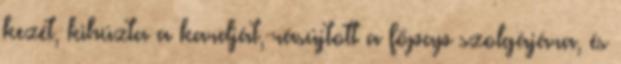
kezét, kihúzta a kardját, rásújtott a főpap szolgájára, és